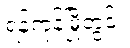
ရန်ကုန်မြို့တွင်း